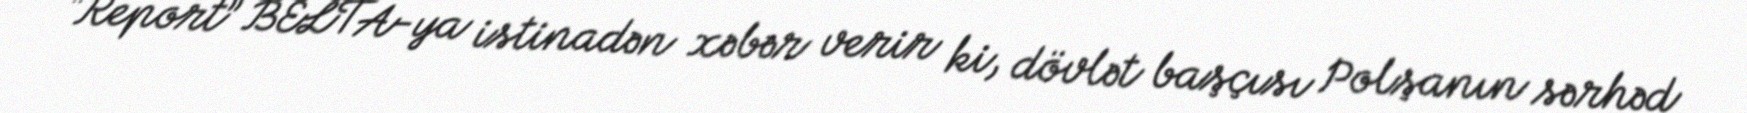
“Report” BELTA-ya istinadən xəbər verir ki, dövlət başçısı Polşanın sərhəd